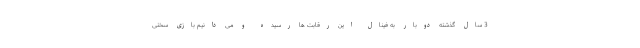
3 سال گذشته دوبار به فینال این رقابت ها رسیده و می دانیم بازی سختی